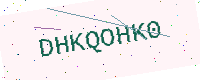
Text: DHKQOHK0